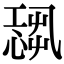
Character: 𢟃